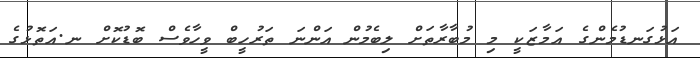
އަޅުގަނޑުމެންގެ އަމާޒަކީ މި މުބާރާތަށް ލިބެމުން އަންނަ ތަރުހީބް ވީހާވެސް ބޮޑުކޮށް ނ.އަތޮޅުގެ